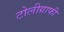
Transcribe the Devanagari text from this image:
टोलीग्राफी